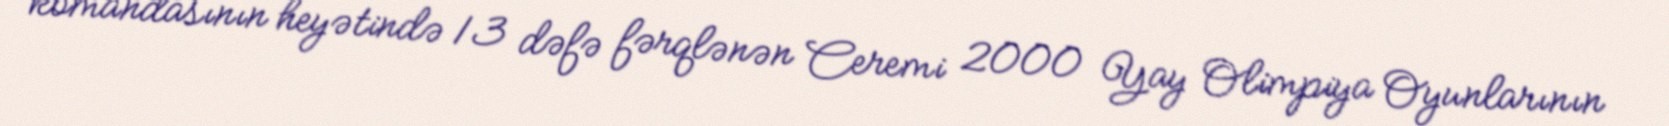
komandasının heyətində 13 dəfə fərqlənən Ceremi 2000 Yay Olimpiya Oyunlarının